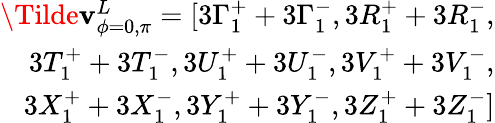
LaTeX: \begin{array}{r}{\Tilde{\mathbf{v}}_{\phi=0,\pi}^{L}=[3\Gamma_{1}^{+}+3\Gamma_{1}^{-},3R_{1}^{+}+3R_{1}^{-},}\\ {3T_{1}^{+}+3T_{1}^{-},3U_{1}^{+}+3U_{1}^{-},3V_{1}^{+}+3V_{1}^{-},}\\ {3X_{1}^{+}+3X_{1}^{-},3Y_{1}^{+}+3Y_{1}^{-},3Z_{1}^{+}+3Z_{1}^{-}]}\end{array}